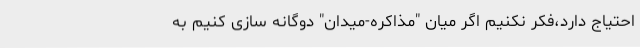
احتیاج دارد،فکر نکنیم اگر میان "مذاکره-میدان" دوگانه سازی کنیم به